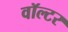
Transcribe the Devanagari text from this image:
वॉल्‍टर